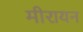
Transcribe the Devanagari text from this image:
मीरायन